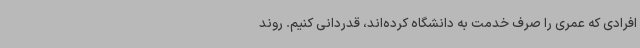
افرادی که عمری را صرف خدمت به دانشگاه کرده‌اند، قدردانی کنیم. روند